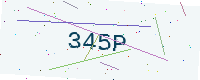
Text: 345P